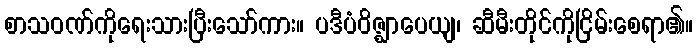
စာသဝဏ်ကိုရေးသားပြီးသော်ကား။ ပဒီပံဝိဇ္ဈာပေယျ၊ ဆီမီးတိုင်ကိုငြိမ်းစေရာ၏။